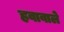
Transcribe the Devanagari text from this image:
हवावाले